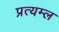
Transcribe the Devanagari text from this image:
प्रत्यम्ल